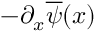
- \partial _ { x } \overline { { \psi } } ( x )